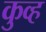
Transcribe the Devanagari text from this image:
कुव्ह